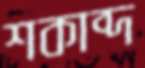
শকাব্দ